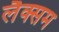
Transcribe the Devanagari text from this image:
लैक्सम